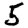
Digit: 5